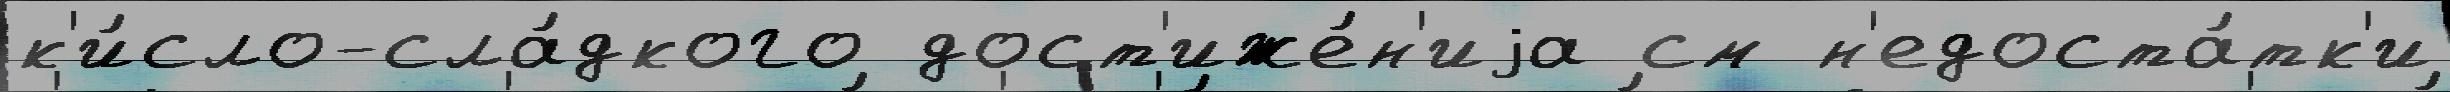
к'и́сло-сла́дкого дост'иже́н'иjа см н'едоста́тк'и